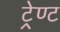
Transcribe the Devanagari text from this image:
ट्रेण्ट